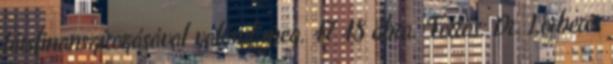
társfinanszírozásával valósul meg. 47 48 ábra. Forrás: Dr. Lorberer